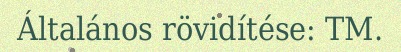
Általános rövidítése: TM.